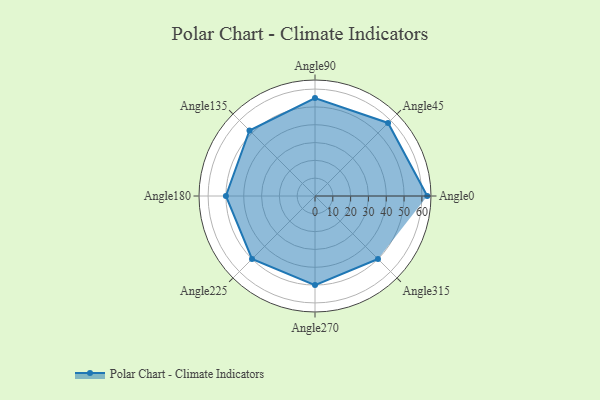
{"axis": {"x": "Angle", "y": "Radius"}, "legend": [""], "data": [{"x": "Angle0", "y": 63.0, "type": ""}, {"x": "Angle45", "y": 58.0, "type": ""}, {"x": "Angle90", "y": 55.0, "type": ""}, {"x": "Angle135", "y": 52.0, "type": ""}, {"x": "Angle180", "y": 50, "type": ""}, {"x": "Angle225", "y": 50, "type": ""}, {"x": "Angle270", "y": 50, "type": ""}, {"x": "Angle315", "y": 50, "type": ""}]}